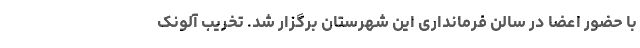
با حضور اعضا در سالن فرمانداری این شهرستان برگزار شد. تخریب آلونک